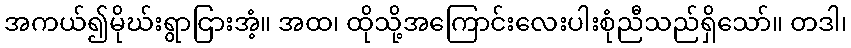
အကယ်၍မိုဃ်းရွာငြားအံ့။ အထ၊ ထိုသို့အကြောင်းလေးပါးစုံညီသည်ရှိသော်။ တဒါ၊